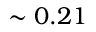
\sim 0 . 2 1 \